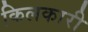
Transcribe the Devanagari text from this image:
किलकारी